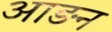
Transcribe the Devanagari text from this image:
आङन